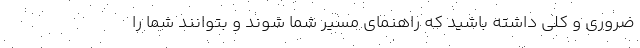
ضروری و کلی داشته باشید که راهنمای مسیر شما شوند و بتوانند شما را